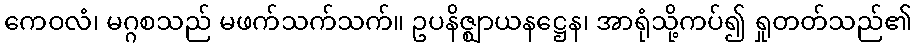
ကေဝလံ၊ မဂ္ဂစသည် မဖက်သက်သက်။ ဥပနိဇ္ဈာယနဋ္ဌေန၊ အာရုံသို့ကပ်၍ ရှုတတ်သည်၏